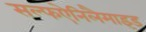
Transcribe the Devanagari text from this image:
सल्फऐनिलैमाइड